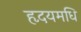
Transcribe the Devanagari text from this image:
हृदयमधि